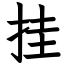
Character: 挂